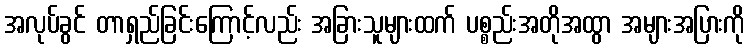
အလုပ်ခွင် တာရှည်ခြင်းကြောင့်လည်း အခြားသူများထက် ပစ္စည်းအတိုအထွာ အများအပြားကို